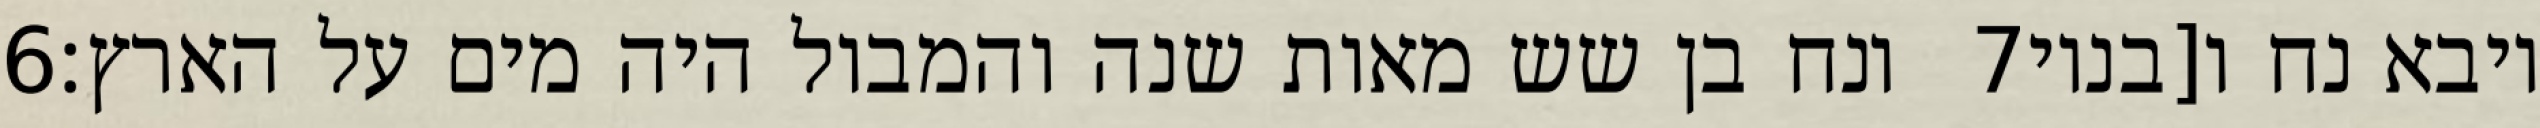
‎6‏ ונח בן שש מאות שנה והמבול היה מים על הארץ׃ ‎7‏ ויבא נח ו[בניו